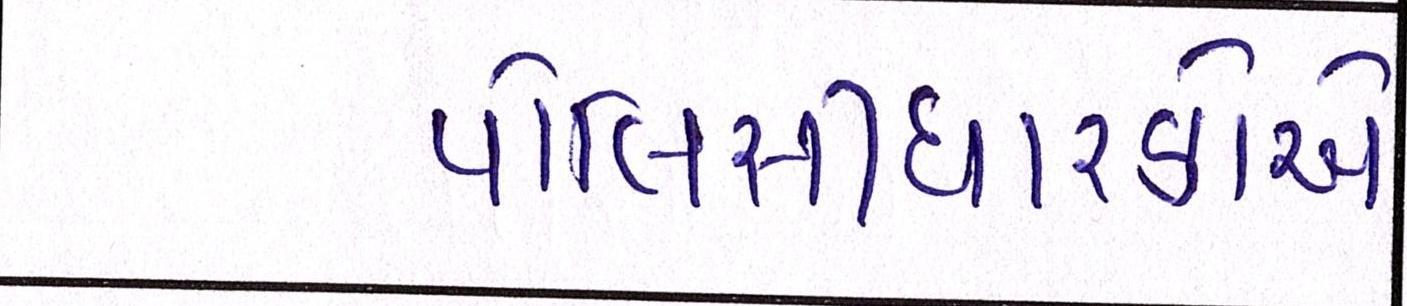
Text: પોલિસીધારકોએ